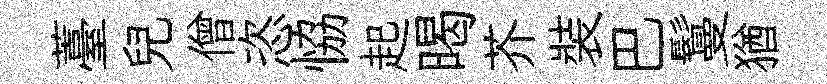
薹兒僧恣恊起暍芥裝巴鬘猶